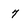
Character: 7